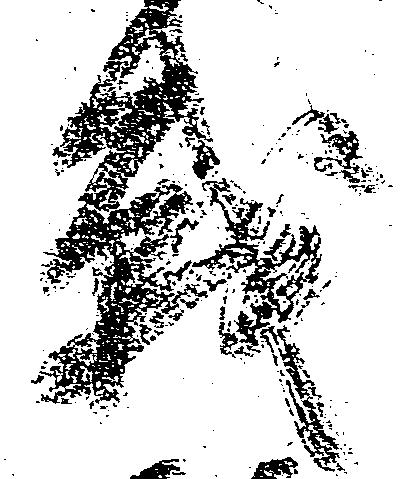
戦